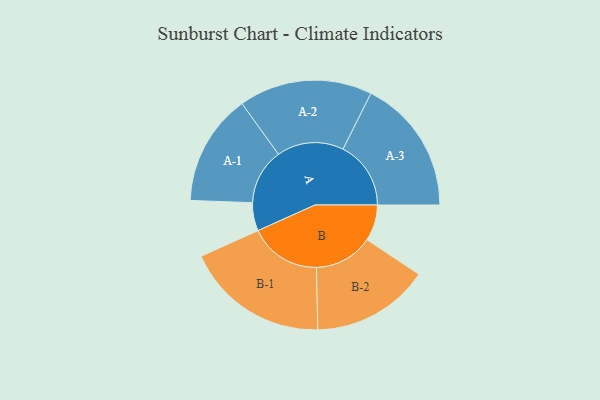
{"axis": {"x": "Segment", "y": "Value"}, "legend": ["", "A", "B"], "data": [{"x": "A", "y": 100, "type": ""}, {"x": "B", "y": 128, "type": ""}, {"x": "A-1", "y": 198, "type": "A"}, {"x": "A-2", "y": 237, "type": "A"}, {"x": "A-3", "y": 241, "type": "A"}, {"x": "B-1", "y": 255, "type": "B"}, {"x": "B-2", "y": 209, "type": "B"}]}